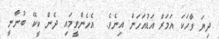
ދިޔަ ވާހަކަ އަމަރް އަޑުއަހަން އިނެވެ.  އެހެންވީމައި ދެން ކީކޭ ބުނާނީ